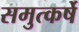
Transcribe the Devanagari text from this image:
समुत्कर्षे